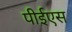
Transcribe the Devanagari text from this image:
पीईएस